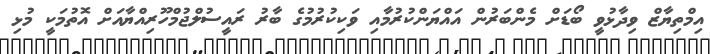
އިމްތިޔާޒް ވިދާޅުވީ ބޯޑަށް މެންބަރުން އައްޔަންކުރުމާއި ވަކިކުރުމުގެ ބާރު ރައީސުލްޖުމްހޫރިއްޔާއަށް އޮތުމަކީ މުޅި